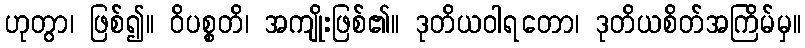
ဟုတွာ၊ ဖြစ်၍။ ဝိပစ္စတိ၊ အကျိုးဖြစ်၏။ ဒုတိယဝါရတော၊ ဒုတိယစိတ်အကြိမ်မှ။